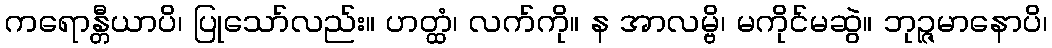
ကရောန္တီယာပိ၊ ပြုသော်လည်း။ ဟတ္ထံ၊ လက်ကို။ န အာလမ္ဗိ၊ မကိုင်မဆွဲ။ ဘုဉ္ဇမာနောပိ၊